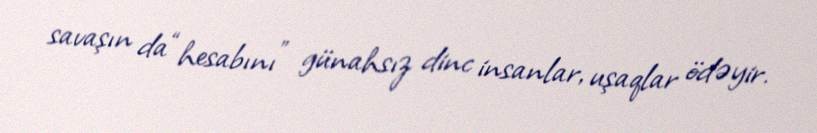
savaşın da “hesabını” günahsız dinc insanlar, uşaqlar ödəyir.